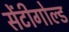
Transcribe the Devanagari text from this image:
सेंटीगोल्ड